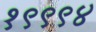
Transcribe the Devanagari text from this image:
१९९९४